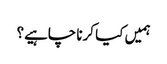
ہمیں کیا کرنا چاہیے؟